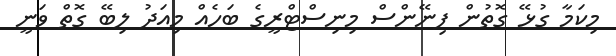
މިކަމާ ގުޅޭ ގޮތުން ފިނޭންސް މިނިސްޓްރީގެ ބަހެއް މިއަދު ލިބޭ ގޮތް ވަނީ